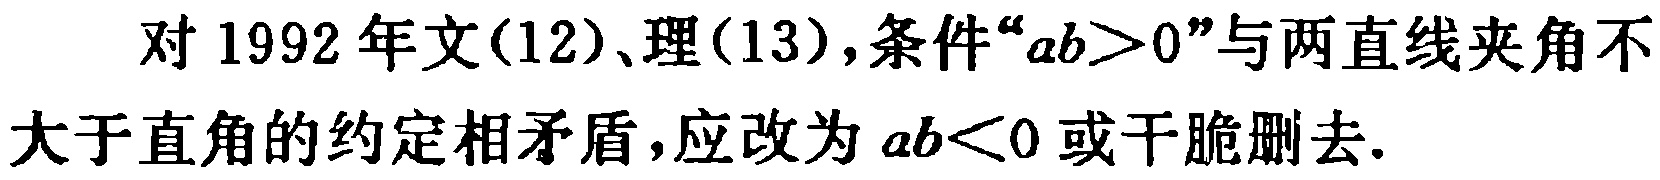
对 1992 年文(12)、理(13)，条件“\(ab>0\)”与两直线夹角不大于直角的约定相矛盾，应改为 \(ab<0\) 或干脆删去.